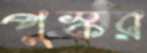
পুস্কর